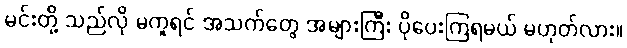
မင်းတို့ သည်လို မကူရင် အသက်တွေ အများကြီး ပိုပေးကြရမယ် မဟုတ်လား။